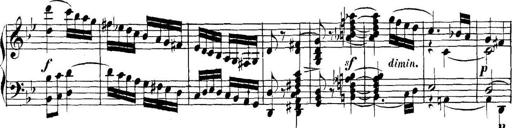
Title: Collected Piano Sonatas
Composer: Muzio Clementi